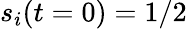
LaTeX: s_{i}(t=0)=1/2